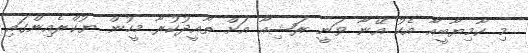
މި ކާމިޔާބީއާ އެކު އޭނާ ވަނީ ރަޝިއާ އަށް ތާއީދުކުރާ މީހުން ޔުކްރެއިންގައި